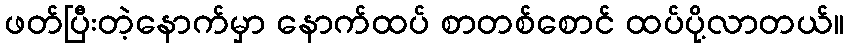
ဖတ်ပြီးတဲ့နောက်မှာ နောက်ထပ် စာတစ်စောင် ထပ်ပို့လာတယ်။